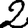
Digit: 2